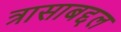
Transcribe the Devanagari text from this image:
त्रासाबद्दल